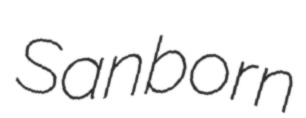
Sanborn